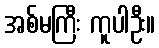
အစ်မကြီး ကူပါဦး။